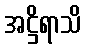
အဋ္ဌိရာသိ